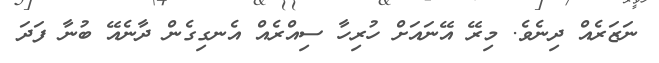
ނަޒަރެއް ދިނެވެ. މިރޭ އޭނައަށް ހުރިހާ ސިއްރެއް އެނގިގެން ދާނެއޭ ބުނާ ފަދަ